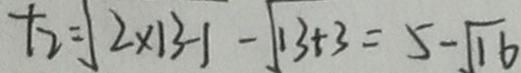
t _ { 2 } = \sqrt { 2 } \times 1 3 - 1 - \sqrt { 1 3 + 3 } = 5 - \sqrt { 1 6 }